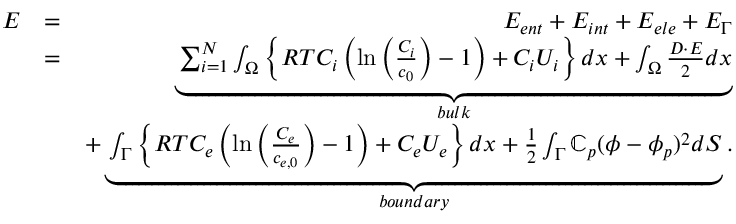
\begin{array} { r l r } { E } & { = } & { E _ { e n t } + E _ { i n t } + E _ { e l e } + E _ { \Gamma } } \\ & { = } & { \underbrace { \sum _ { i = 1 } ^ { N } \int _ { \Omega } \left\{ R T C _ { i } \left( \ln { \left( \frac { C _ { i } } { c _ { 0 } } \right) } - 1 \right) + C _ { i } U _ { i } \right\} d x + \int _ { \Omega } \frac { \boldsymbol { D } \cdot \boldsymbol { E } } { 2 } d x } _ { b u l k } } \\ & { } & { + \underbrace { \int _ { \Gamma } \left\{ R T C _ { e } \left( \ln { \left( \frac { C _ { e } } { c _ { e , 0 } } \right) } - 1 \right) + C _ { e } U _ { e } \right\} d x + \frac 1 2 \int _ { \Gamma } \mathbb { C } _ { p } ( \phi - \phi _ { p } ) ^ { 2 } d S } _ { b o u n d a r y } . } \end{array}